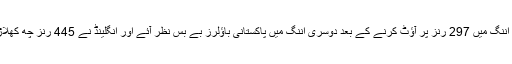
ایجبسٹن میں ابنگلینڈ کو پہلی اننگ میں 297 رنز پر آؤٹ کرنے کے بعد دوسری اننگ میں پاکستانی باؤلرز بے بس نظر آئے اور انگلینڈ نے 445 رنز چھ کھلاڑی آؤٹ پر اننگ ڈکلیئر کی۔